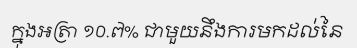
ក្នុងអត្រា ១០.៧% ជាមួយនឹងការមកដល់នៃ